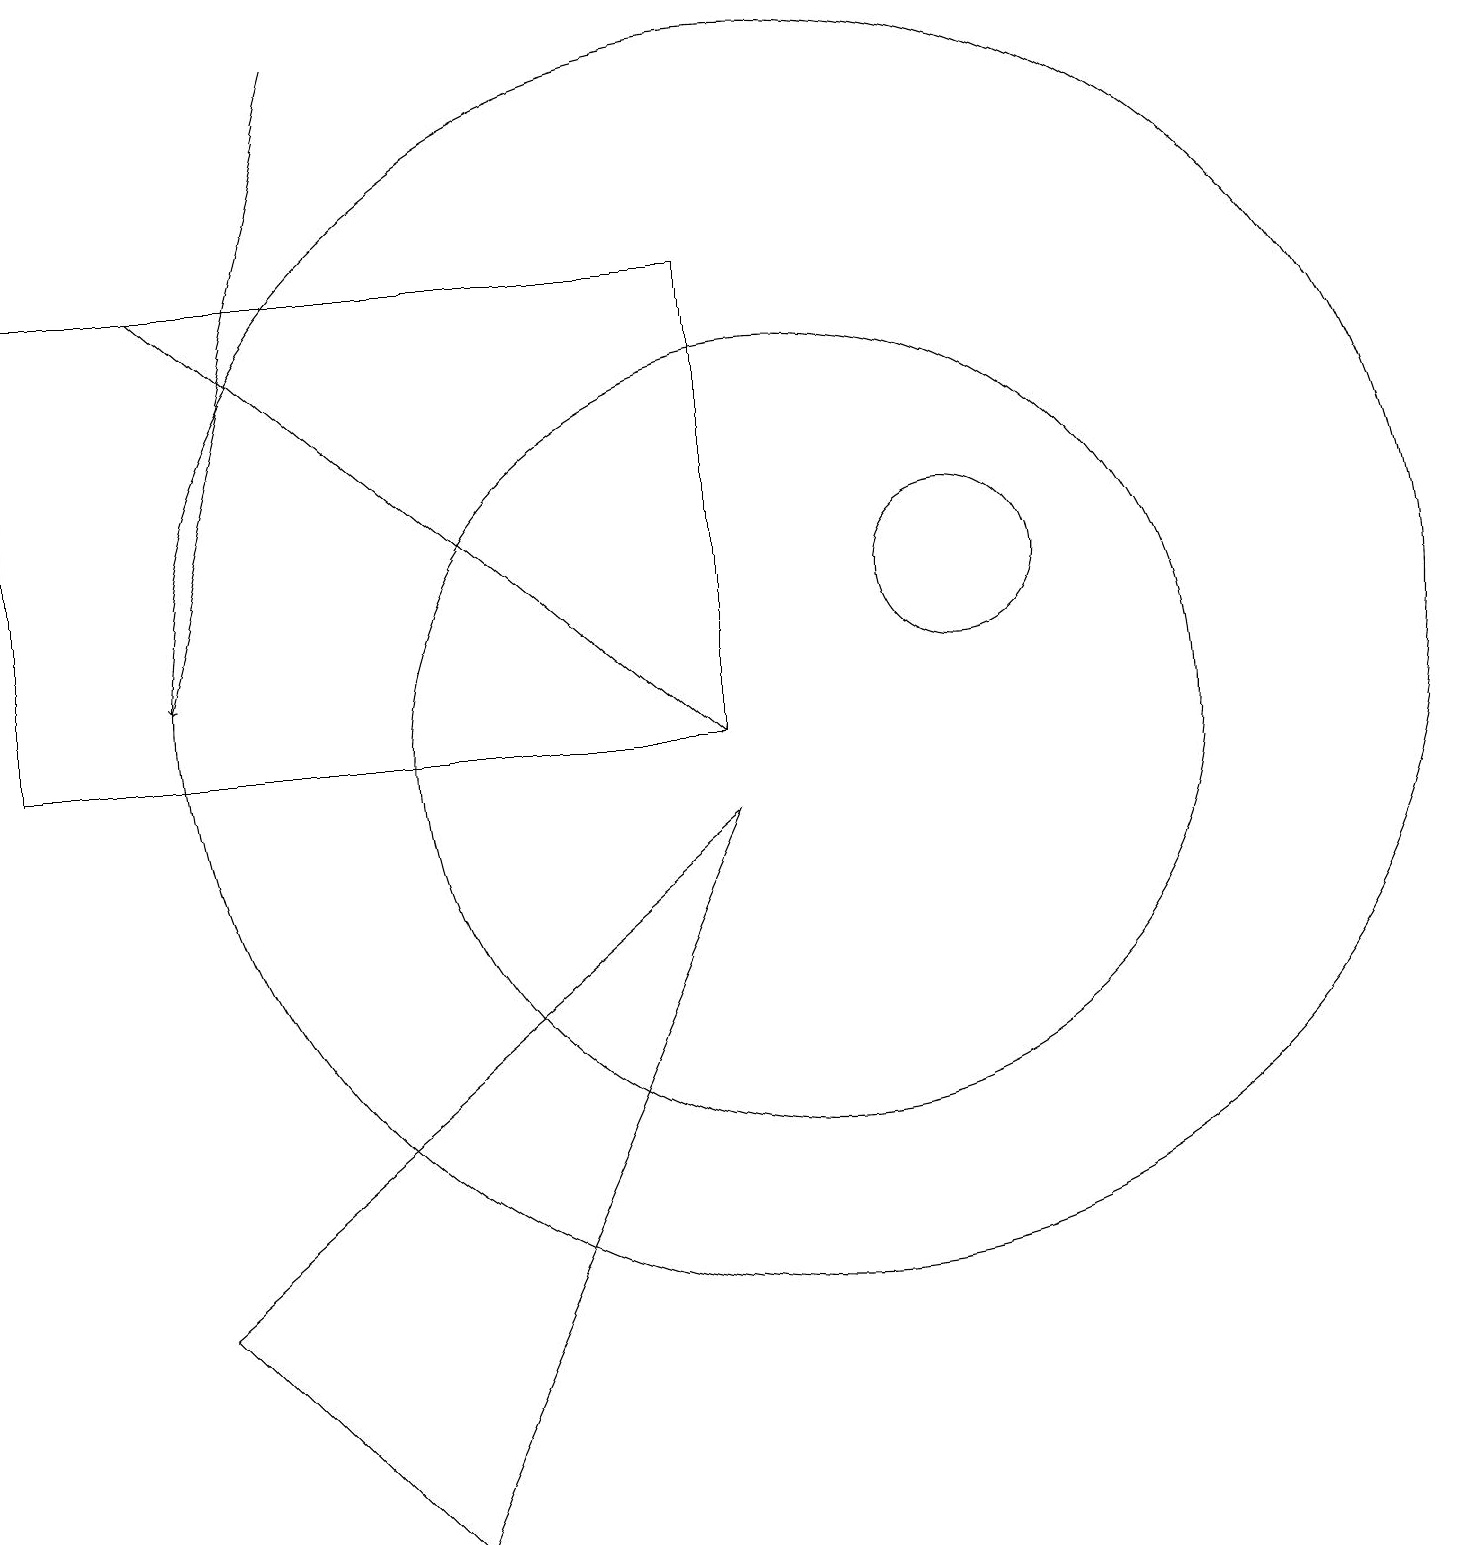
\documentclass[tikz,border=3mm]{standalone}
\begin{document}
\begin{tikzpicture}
\draw (9,16) rectangle (0,10);
\draw[->] (4,19) -- (2,11);
\draw (10,11) circle (8);
\draw (10,10) circle (5);
\draw[->] (2,16) -- (9,10);
\draw (12,12) circle (1);
\draw (2,3) -- (9,9) -- (5,0) -- cycle;
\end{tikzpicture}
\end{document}